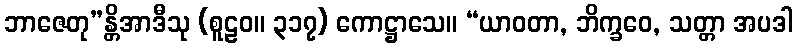
ဘာဇေတု”န္တိအာဒီသု (စူဠဝ။ ၃၁၇) ကောဋ္ဌာသေ။ “ယာဝတာ, ဘိက္ခဝေ, သတ္တာ အပဒါ